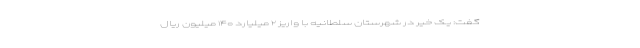
گفت: یک خیر در شهرستان سلطانیه با واریز ۲ میلیارد ۱۴۰ میلیون ریال